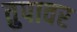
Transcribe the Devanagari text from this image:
तुपावर